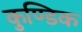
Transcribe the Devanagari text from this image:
कुण्डिक